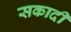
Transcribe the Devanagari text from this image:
सकादी